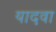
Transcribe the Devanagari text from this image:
यादवा